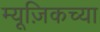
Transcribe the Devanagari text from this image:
म्यूज़िकच्या